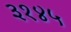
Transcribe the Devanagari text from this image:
३१४५